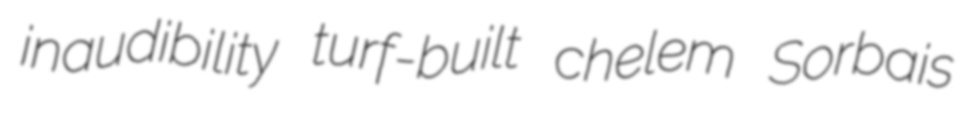
inaudibility turf-built chelem Sorbais